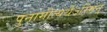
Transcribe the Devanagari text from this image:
पुनामीत्यर्थेऽस्मिन्